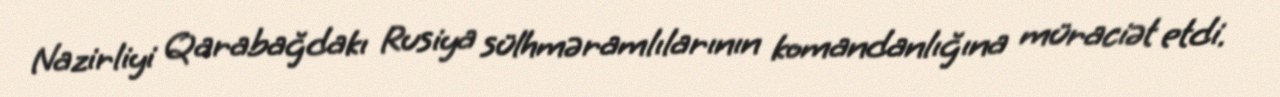
Nazirliyi Qarabağdakı Rusiya sülhməramlılarının komandanlığına müraciət etdi.